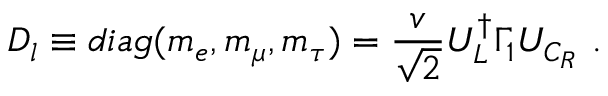
D _ { l } \equiv d i a g ( m _ { e } , m _ { \mu } , m _ { \tau } ) = \frac { v } { \sqrt { 2 } } U _ { L } ^ { \dagger } \Gamma _ { 1 } U _ { C _ { R } } \ .